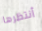
أنتظرها